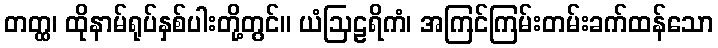
တတ္ထ၊ ထိုနာမ်ရုပ်နှစ်ပါးတို့တွင်။ ယံဩဠရိကံ၊ အကြင်ကြမ်းတမ်းခက်ထန်သော